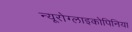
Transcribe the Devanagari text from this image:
न्यूरोग्लाइकोपिनिया